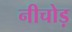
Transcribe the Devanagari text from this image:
नीचोड़